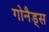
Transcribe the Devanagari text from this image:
गोनैड्स